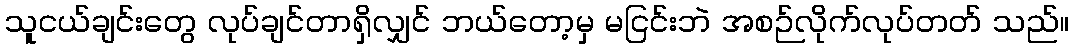
သူငယ်ချင်းတွေ လုပ်ချင်တာရှိလျှင် ဘယ်တော့မှ မငြင်းဘဲ အစဉ်လိုက်လုပ်တတ် သည်။